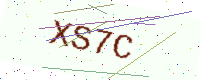
Text: XS7C